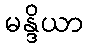
မန္ဒိယာ